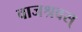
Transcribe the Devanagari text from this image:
वाजश्रवस्